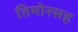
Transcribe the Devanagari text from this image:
तिमोरसह